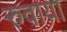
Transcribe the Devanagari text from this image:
रुवाया